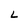
Character: L